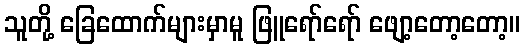
သူတို့ ခြေထောက်များမှာမူ ဖြူရော်ရော် ဖျော့တော့တော့။